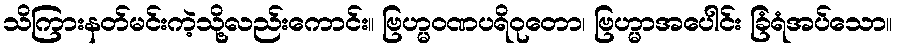
သိကြားနတ်မင်းကဲ့သို့လည်းကောင်း။ ဗြဟ္မဝဏပရိဝုတော၊ ဗြဟ္မာအပေါင်း ခြံရံအပ်သော။